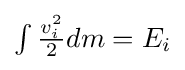
{\textstyle \int {\frac {v_{i}^{2}}{2}}dm=E_{i}}